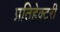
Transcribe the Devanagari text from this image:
प्रतिहेक्टरी